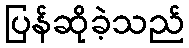
ပြန်ဆိုခဲ့သည်